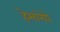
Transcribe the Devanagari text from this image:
हेमांगो